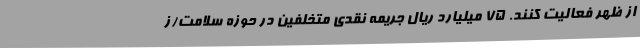
از ظهر فعالیت کنند. 75 میلیارد ریال جریمه نقدی متخلفین در حوزه سلامت/ز